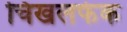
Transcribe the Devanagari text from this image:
चिखलफेक